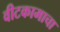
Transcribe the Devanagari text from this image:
वीटकामाचा